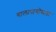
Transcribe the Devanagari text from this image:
गालापागोसला